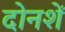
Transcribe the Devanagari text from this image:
दोनशें